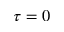
\tau = 0